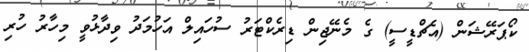
ކޯޕަރޭޝަން (އެޗްޑީސީ) ގެ މެނޭޖިން ޑިރެކްޓަރު ސުހައިލް އަހުމަދު ވިދާޅުވީ މިހާރު ހުރި